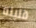
قليله